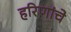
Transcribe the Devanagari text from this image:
हरिणांचे